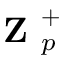
\textbf { Z } _ { p } ^ { + }